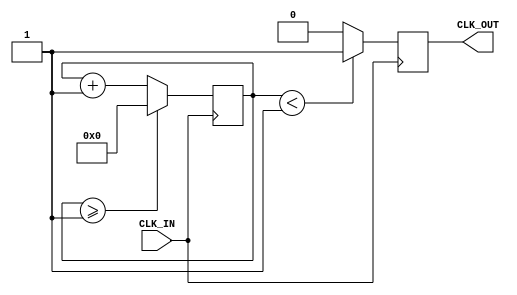
`timescale 1ns / 1ps
//////////////////////////////////////////////////////////////////////////////////
// Company: 
// Engineer: 
// 
// Design Name: 
// Module Name: ClockDivider
// Project Name: 
// Target Devices: 
// Tool Versions: 
// Description: 
// 
// Dependencies: 
// 
// Revision:
// Revision 0.01 - File Created
// Additional Comments:
// 
//////////////////////////////////////////////////////////////////////////////////


module ClockDivider(
    input CLK_IN,
    output reg CLK_OUT
    );

    reg[27:0] counter=28'd0;
    
    parameter DIVISOR = 28'd2;
    
    always @(posedge CLK_IN) 
    begin
        counter <= counter + 28'd1;
        
        if(counter >= (DIVISOR - 1))
            counter <= 28'd0;
            
        CLK_OUT <= (counter < DIVISOR >> 1)? 1'b1 : 1'b0;
    end
endmodule